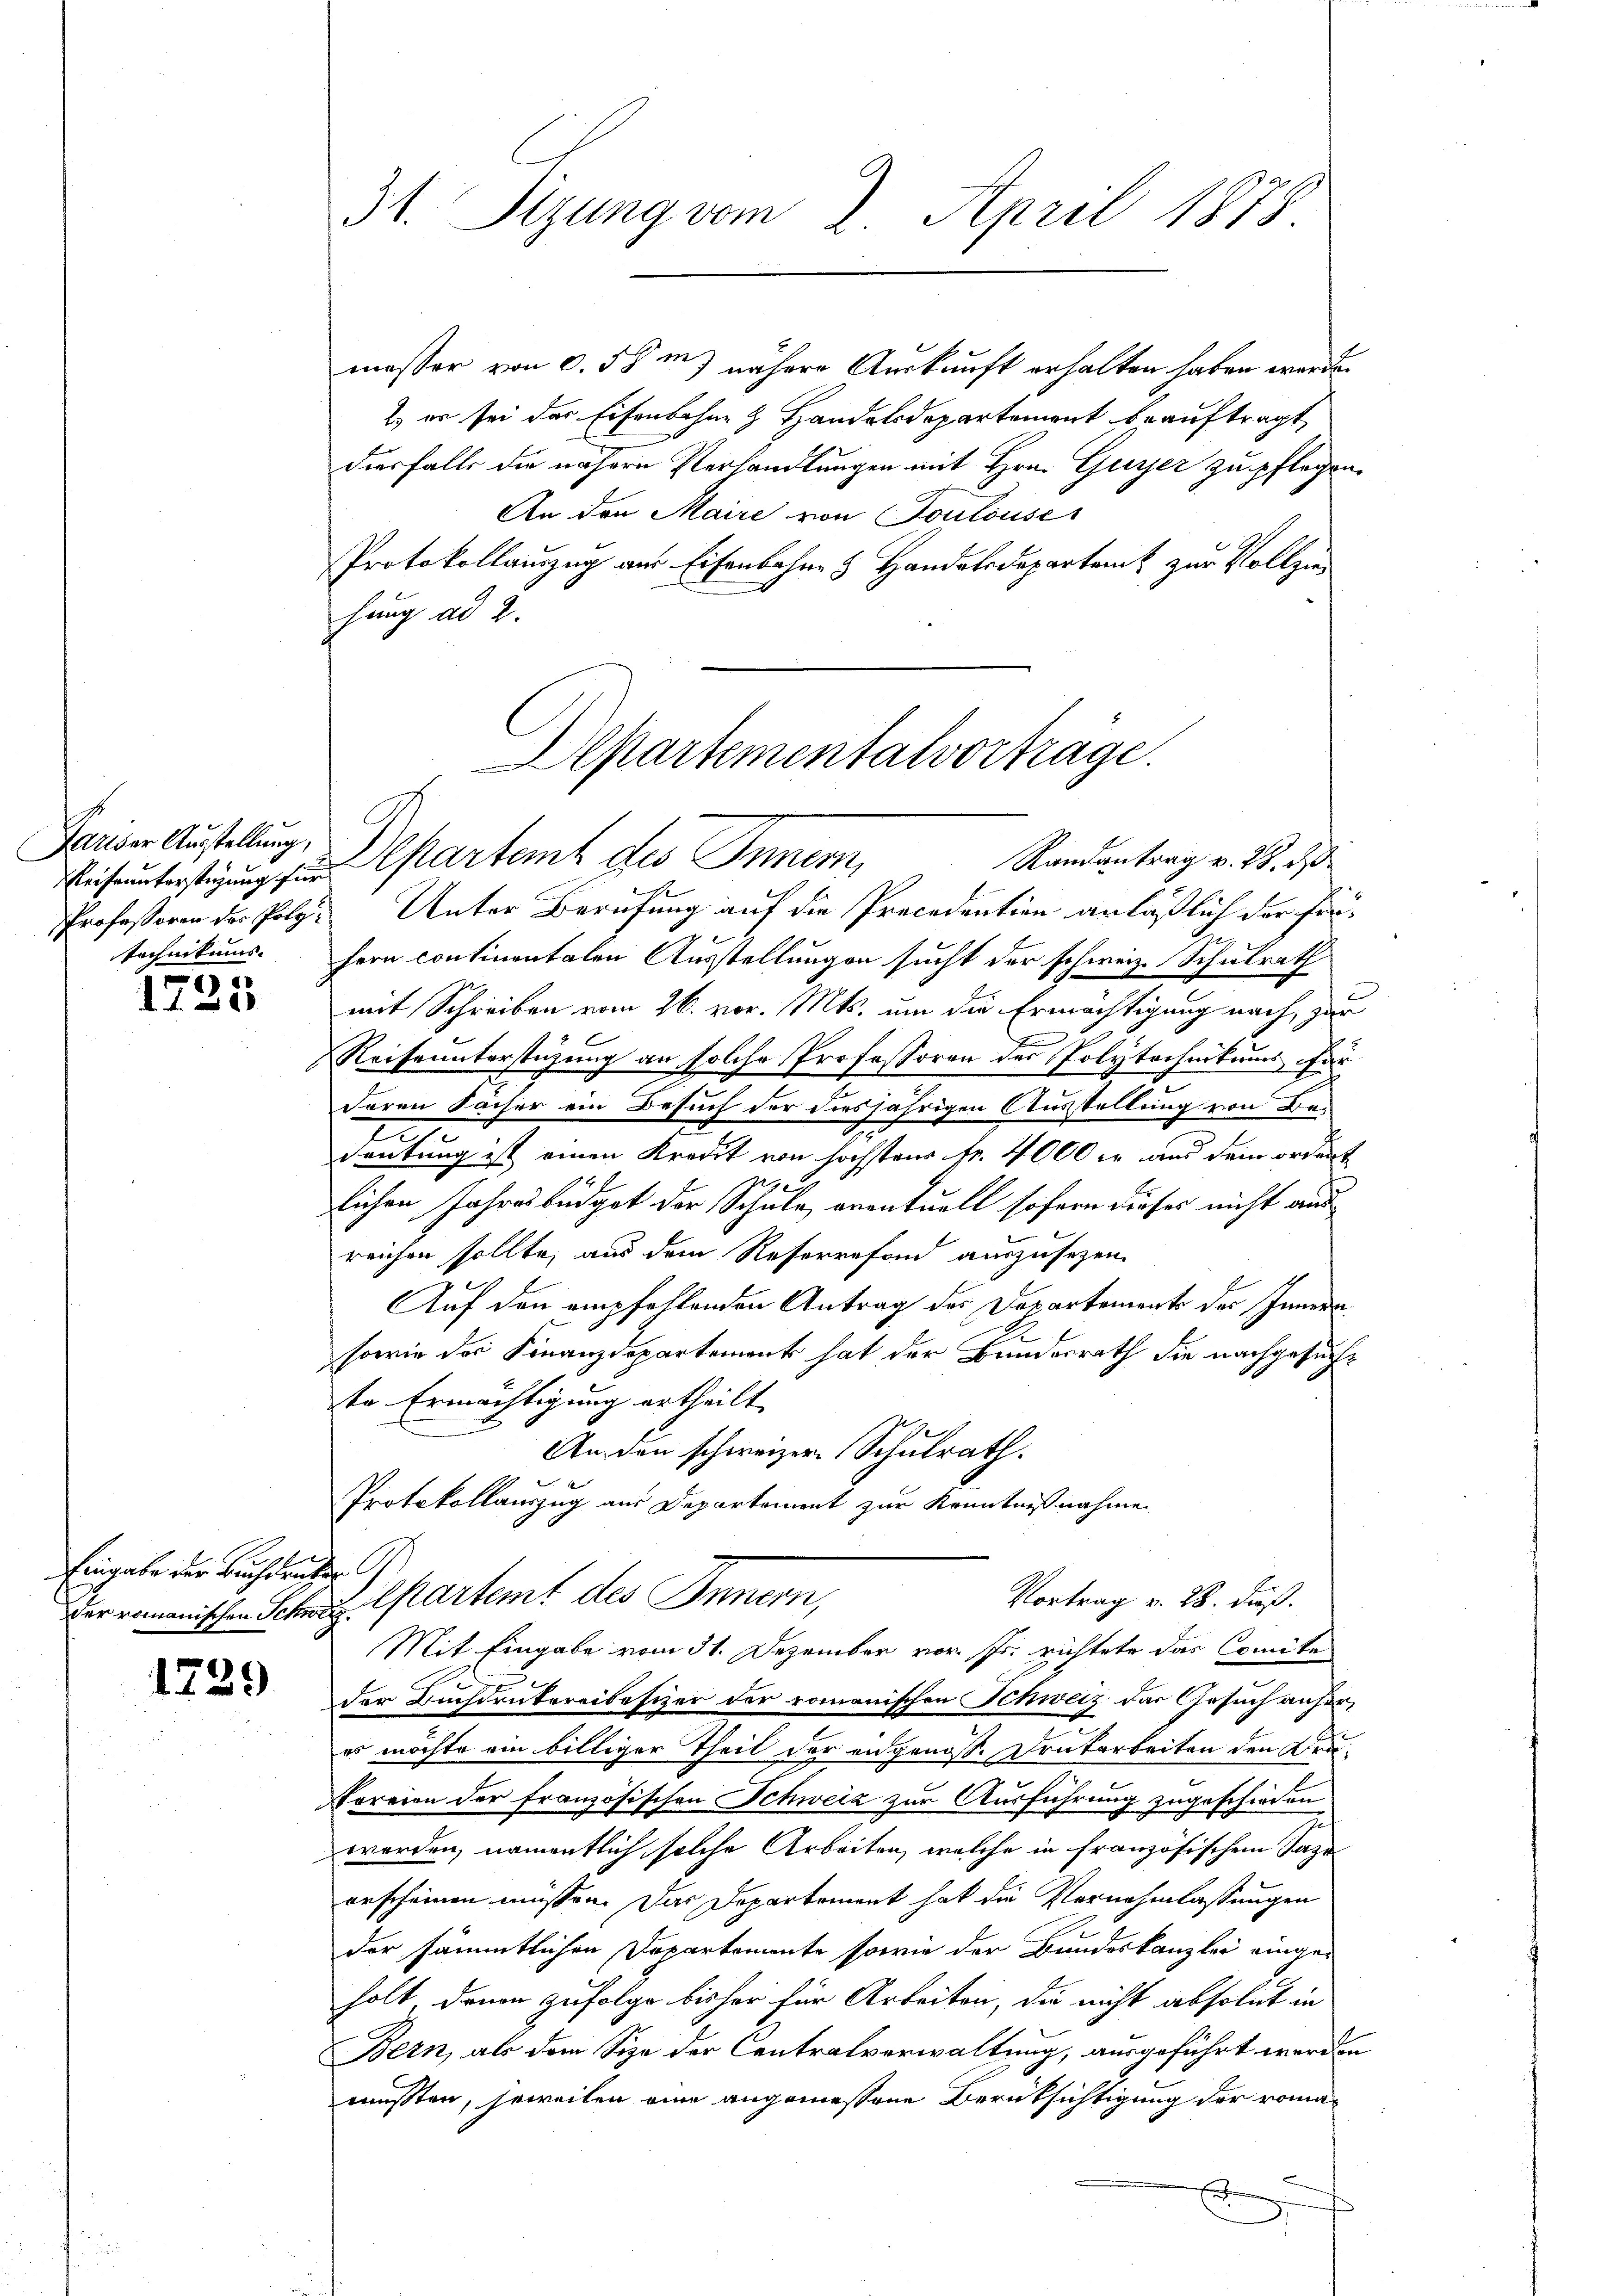
Pariser Austellung,

1735

Eingabe der Buchdrucker G

24)
1. 139

31. Sitzung vom 2. April 1878.

messer von 0,58m) nähere Auskunft erhalten haben werde.
2. er sei das Eisenbahne & Handelsdepartement beauftragt,
diesfalls die nähern Verhandlungen mit Hrn. Gurer zu pflege¬
An den Maire von Toulouse
Protokollauszug aus Eisenbahne & Handelsdepartamt zur Vollziehang ad 2.
Professoren der Polz. Unter Berufung auf die Procedention anläßlich der Fintechnikums Hern continentalen Ausstellungen sucht der schweiz. Schulrath
mit Schreiben vom 26. vor. Mts. um die Ermächtigung nach, zur
.
Reiseunterstüzung an solche Professoren des Polytechnikums für
deren Sacher ein Besuch der diesjährigen Ausstellung von Be¬
E
In
deutung ist einen Kredit von höchstens Fr. 4000 er aus dem ordert
lichen Jahresbüdget der Schule, eventuell sofern dieses nicht aus
reichen sollte, aus dem Reserrefond auszusehen.
Auf den empfehlenden Antrag des Departements des Innern
sowie der Finanzdepartement hat der Bundesrath die nachgesuch
te Ermächtigung ertheilt.
An den schweizer. Schulrath.
Protokollauszug aus Departement zur Kenntnißnahme
Vortrag v. 28. dieß.
Der romanischen Schnet partemt des Innern,
Mit Eingabe vom 31. Dezember vor. Js. richtete das Comite
der Buchdruckereibesizer der romanischen Schweiz das Gesuch anheres möchte ein billiger Theil der angenoss. Denkarbeiten den Dru¬
Storeien der französischen Schweiz zur Ausführung zugeschieden
worden, namentlich solche Arbeiten, welche in französischen Tage
orscheinen müssen. Das Departement hat die Vernehmlassungen
der sämmtlichen Departemente sowie der Bundeskanzlei einge-
holt, denen zufolge bisher für Arbeiten, die nicht absolut in
Bern, als dem Size der Centralverwaltung, ausgeführt werde
mußten, jeweilen eine angemessene Berüksichtigung der roma
e

Departementalvorträge.
Randantrag v. 28. d
Biseunterstigung zur Cartent des Innern,

d